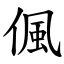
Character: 偑